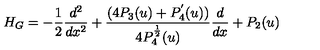
H _ { G } = - \frac { 1 } { 2 } \frac { d ^ { 2 } } { d x ^ { 2 } } + \frac { ( 4 P _ { 3 } ( u ) + P _ { 4 } ^ { ^ { \prime } } ( u ) ) } { 4 P _ { 4 } ^ { \frac { 1 } { 2 } } ( u ) } \frac { d } { d x } + P _ { 2 } ( u )